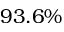
9 3 . 6 \%